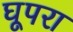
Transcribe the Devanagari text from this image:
घूपरा